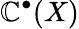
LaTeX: \mathbb{C}^{\bullet}(X)